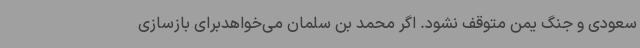
سعودی و جنگ یمن متوقف نشود. اگر محمد بن سلمان می‌خواهدبرای بازسازی